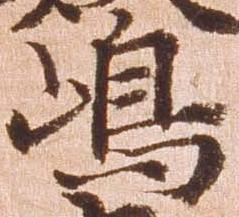
嶋